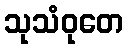
သုသံဝုတေ